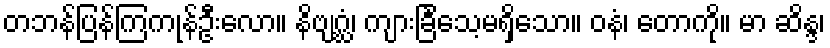
တဘန်ပြန်ကြကုန်ဦးလော။ နိဗျဂ္ဃံ၊ ကျားခြင်္သေ့မရှိသော။ ဝနံ၊ တောကို။ မာ ဆိန္ဒ၊